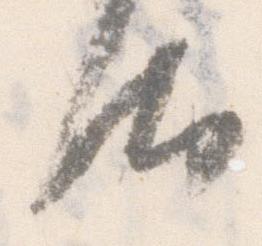
汰